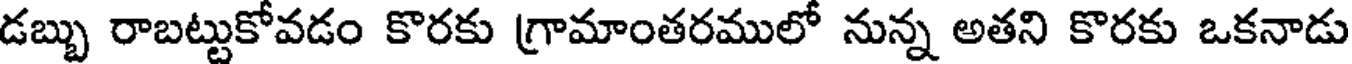
డబ్బు రాబట్టుకోవడం కొరకు గ్రామాంతరములో నున్న అతని కొరకు ఒకనాడు